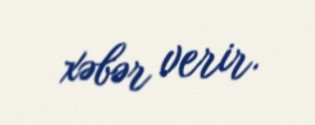
xəbər verir.